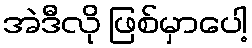
အဲဒီလို ဖြစ်မှာပေါ့